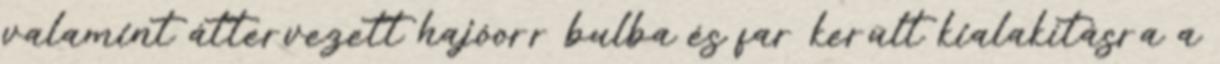
valamint áttervezett hajóorr bulba és far került kialakításra a